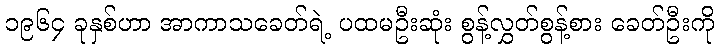
၁၉၆၄ ခုနှစ်ဟာ အာကာသခေတ်ရဲ့ ပထမဦးဆုံး စွန့်လွှတ်စွန့်စား ခေတ်ဦးကို